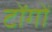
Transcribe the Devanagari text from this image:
टोंगों